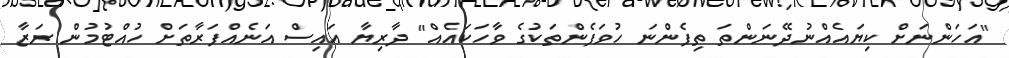
"އަހަންނަށް ކިޔައެއްނުދޭނަންތަ ތިފެންނަ ހުވަފެންތަކުގެ ވާހަކައެއް" ދާރިޔާ އައިސް އަނެއްފަރާތަށް ހުއްޓުމުން ރަޒާ